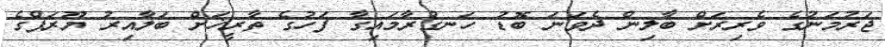
ޖަރުމަނުގެ ވެރިރަށް ބާލިން ދެވަނަ ބޮޑު ހަނގުރާމައިގާ ފަހުގެ ތާރީޚަށް ބަލާއިރު ޔޫރަޕްގެ